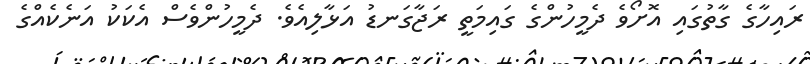
ރައިހާގެ ގާތުގައި އޮށޯވެ ދެމީހުންގެ ގައިމަތީ ރަޖާގަނޑު އަޅާލިއެވެ. ދެމީހުންވެސް އެކަކު އަނެކެއްގެ